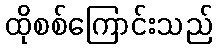
ထိုစစ်ကြောင်းသည်